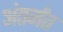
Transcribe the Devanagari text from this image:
अंतर्गंत